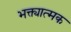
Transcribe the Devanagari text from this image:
भक्त्यात्मक